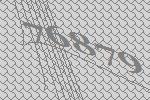
76879